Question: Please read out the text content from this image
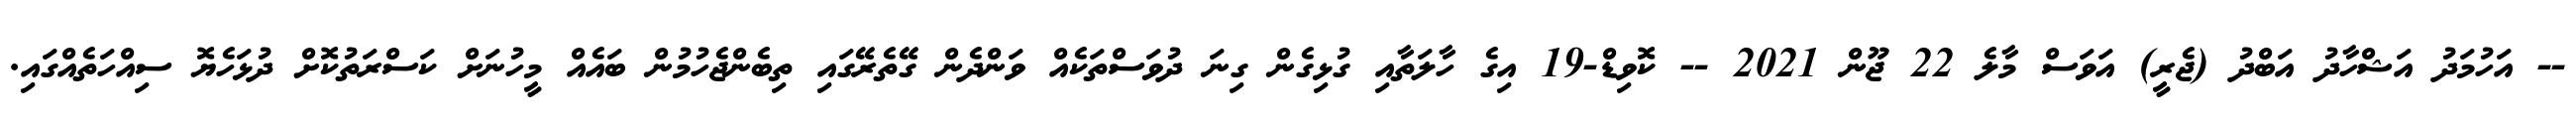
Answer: -- އަހުމަދު އަޝްހާދު އަބްދު (ޖެރީ) އަވަސް މާލެ 22 ޖޫން 2021 -- ކޮވިޑް-19 އިގެ ހާލަތާއި ގުޅިގެން ގިނަ ދުވަސްތަކެއް ވަންދެން ގޭތެރޭގައި ތިބެންޖެހުމުން ބައެއް މީހުނަށް ކަސްރަތުކޮށް ދުޅަހެޔޮ ސިއްހަތެއްގައި.